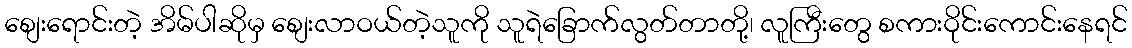
စျေးရောင်းတဲ့ အိမ်ပါဆိုမှ စျေးလာဝယ်တဲ့သူကို သူရဲခြောက်လွတ်တာတို့၊ လူကြီးတွေ စကားဝိုင်းကောင်းနေရင်